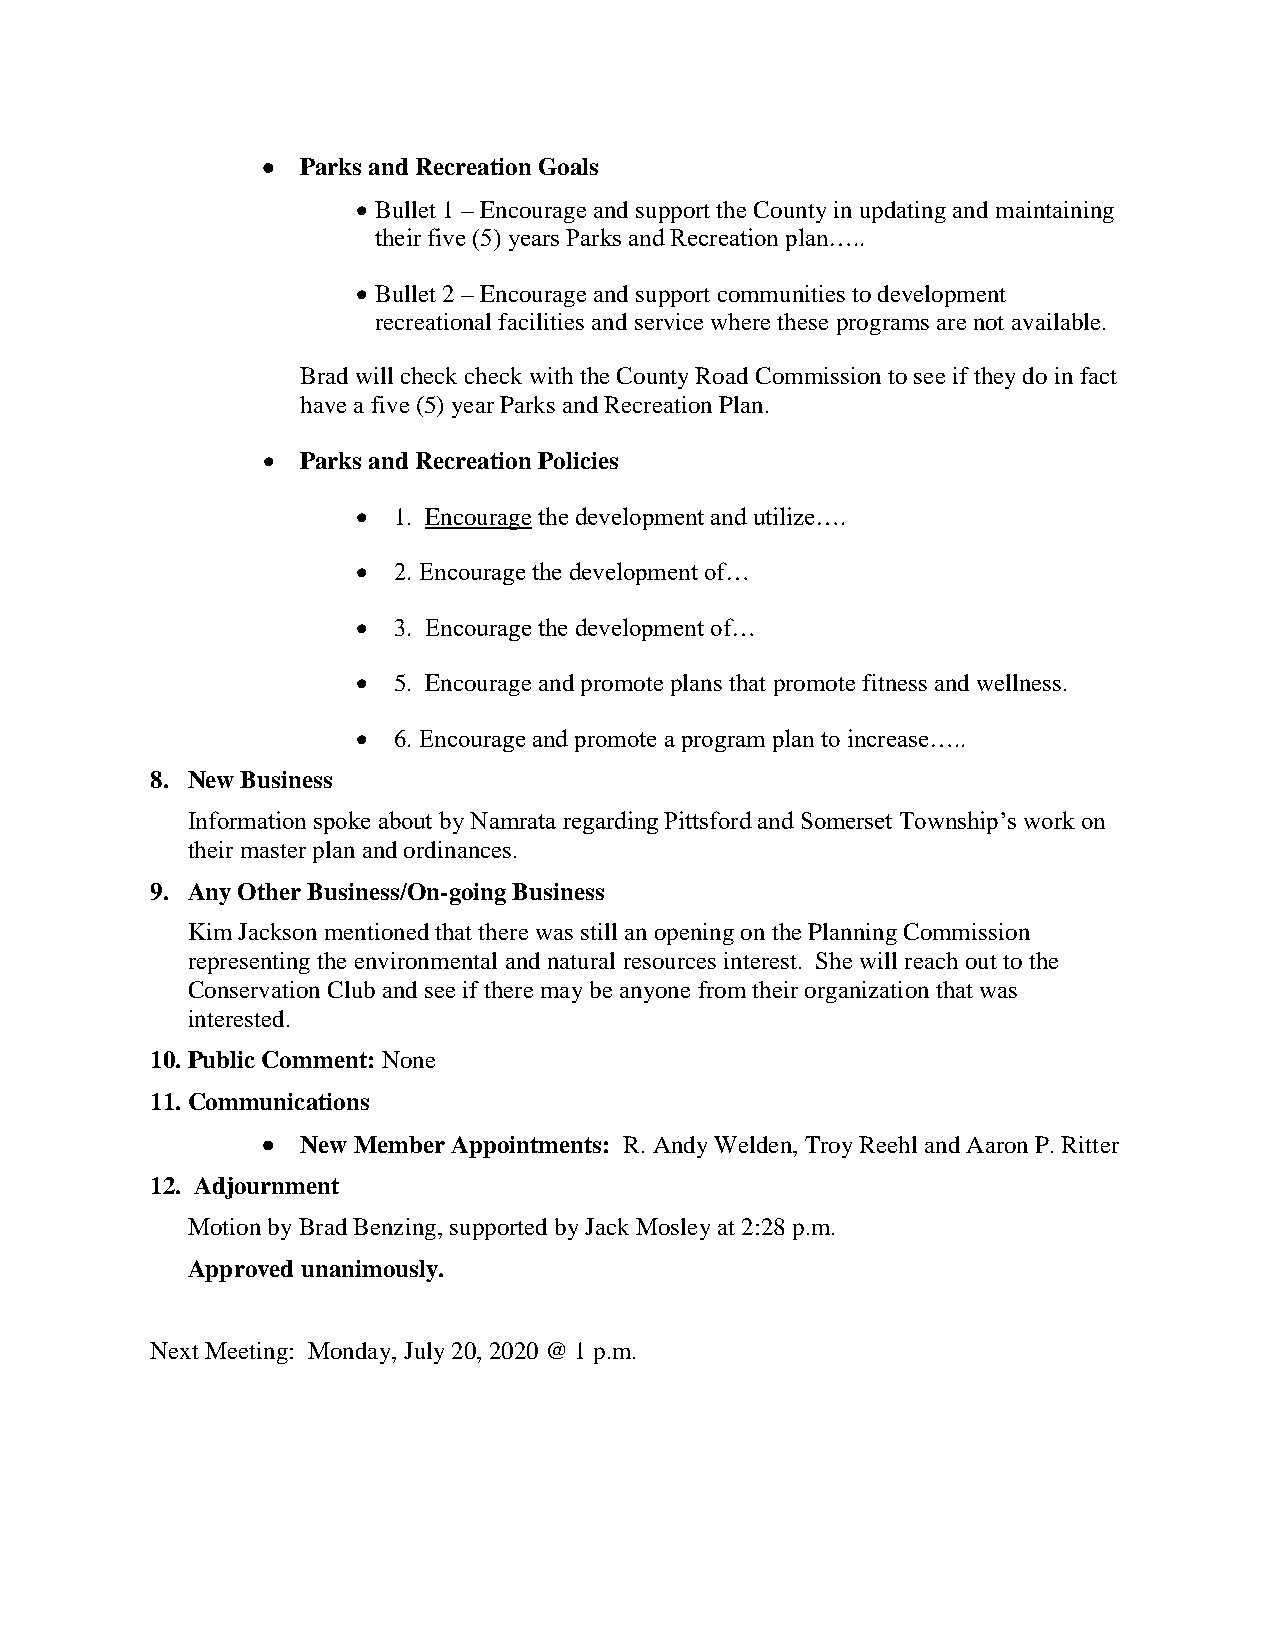
  Parks and Recreation Goals
  Bullet 1 – Encourage and support the County in updating and maintaining
 their five (5) years Parks and Recreation plan…..
  Bullet 2 – Encourage and support communities to development
 recreational facilities and service where these programs are not available.
 Brad will check check with the County Road Commission to see if they do in fact
 have a five (5) year Parks and Recreation Plan.
   Parks and Recreation Policies
  1. Encourage the development and utilize….
  2. Encourage the development of…
  3. Encourage the development of…
  5. Encourage and promote plans that promote fitness and wellness.
  6. Encourage and promote a program plan to increase…..
 8. New Business
 Information spoke about by Namrata regarding Pittsford and Somerset Township’s work on
 their master plan and ordinances.
 9. Any Other Business/On-going Business
 Kim Jackson mentioned that there was still an opening on the Planning Commission
 representing the environmental and natural resources interest. She will reach out to the
 Conservation Club and see if there may be anyone from their organization that was
 interested.
 10. Public Comment: None
 11. Communications
   New Member Appointments: R. Andy Welden, Troy Reehl and Aaron P. Ritter
 12. Adjournment
 Motion by Brad Benzing, supported by Jack Mosley at 2:28 p.m.
 Approved unanimously.
 Next Meeting: Monday, July 20, 2020 @ 1 p.m.